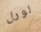
لورل